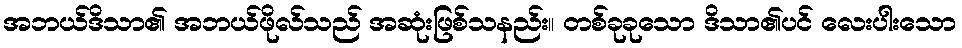
အဘယ်ဒိသာ၏ အဘယ်ဖိုလ်သည် အဆုံးဖြစ်သနည်း။ တစ်ခုခုသော ဒိသာ၏ပင် လေးပါးသော